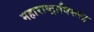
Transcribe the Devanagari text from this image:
महाराष्ट्राविरूद्ध